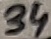
Text: 34